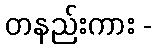
တနည်းကား -